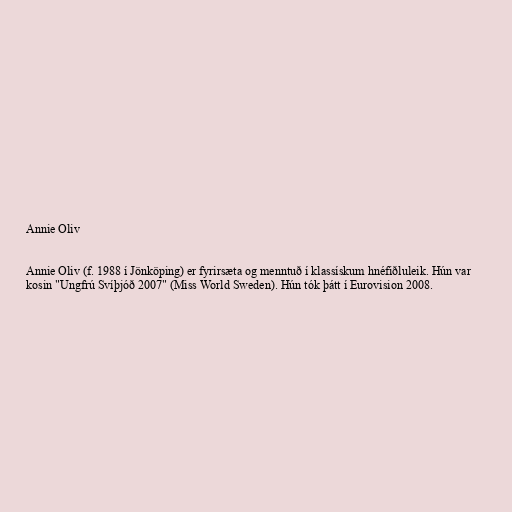
Annie Oliv

Annie Oliv (f. 1988 í Jönköping) er fyrirsæta og menntuð í klassískum hnéfiðluleik. Hún var
kosin "Ungfrú Svíþjóð 2007" (Miss World Sweden). Hún tók þátt í Eurovision 2008.